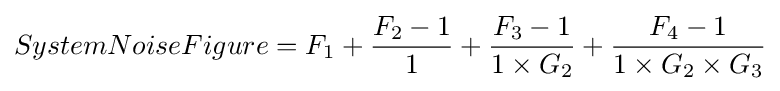
SystemNoiseFigure=F_{1}+{\frac {F_{2}-1}{1}}+{\frac {F_{3}-1}{1\times G_{2}}}+{\frac {F_{4}-1}{1\times G_{2}\times G_{3}}}